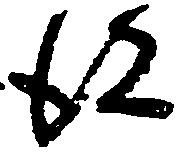
彼